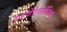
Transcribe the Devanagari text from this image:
हाइपोऐलर्जनिक